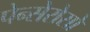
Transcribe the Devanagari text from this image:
पेन्सेरोसो